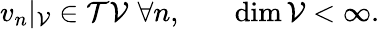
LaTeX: \begin{array}{ll}{{v_{n}|_{\cal V}\in{\cal T}{\cal V}\, \, \forall n,}}&{{\quad\mathrm{dim}\, {\cal V}<\infty.}}\end{array}